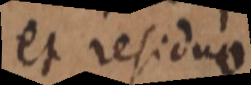
et residuo.